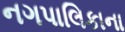
નગપાલિકાના